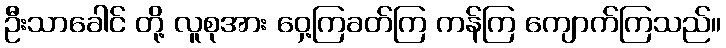
ဦးသာခေါင် တို့ လူစုအား ဝှေ့ကြခတ်ကြ ကန်ကြ ကျောက်ကြသည်။